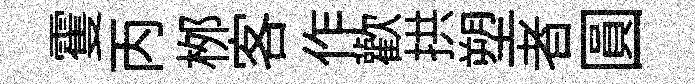
䨥丙桞客作歡拱塑者圓